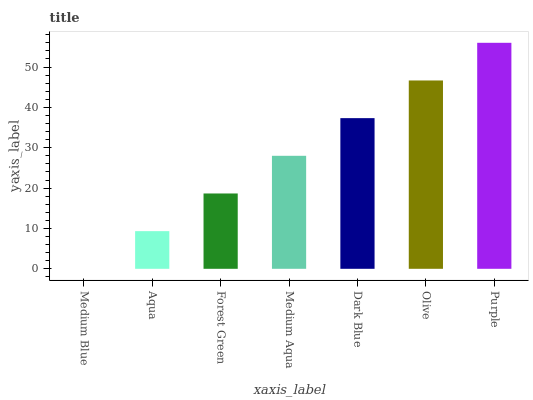
| xaxis_label | bars |
 | --- | --- |
 | Medium Blue | 0 |
 | Aqua | 9.33 |
 | Forest Green | 18.7 |
 | Medium Aqua | 28 |
 | Dark Blue | 37.3 |
 | Olive | 46.7 |
 | Purple | 56 |